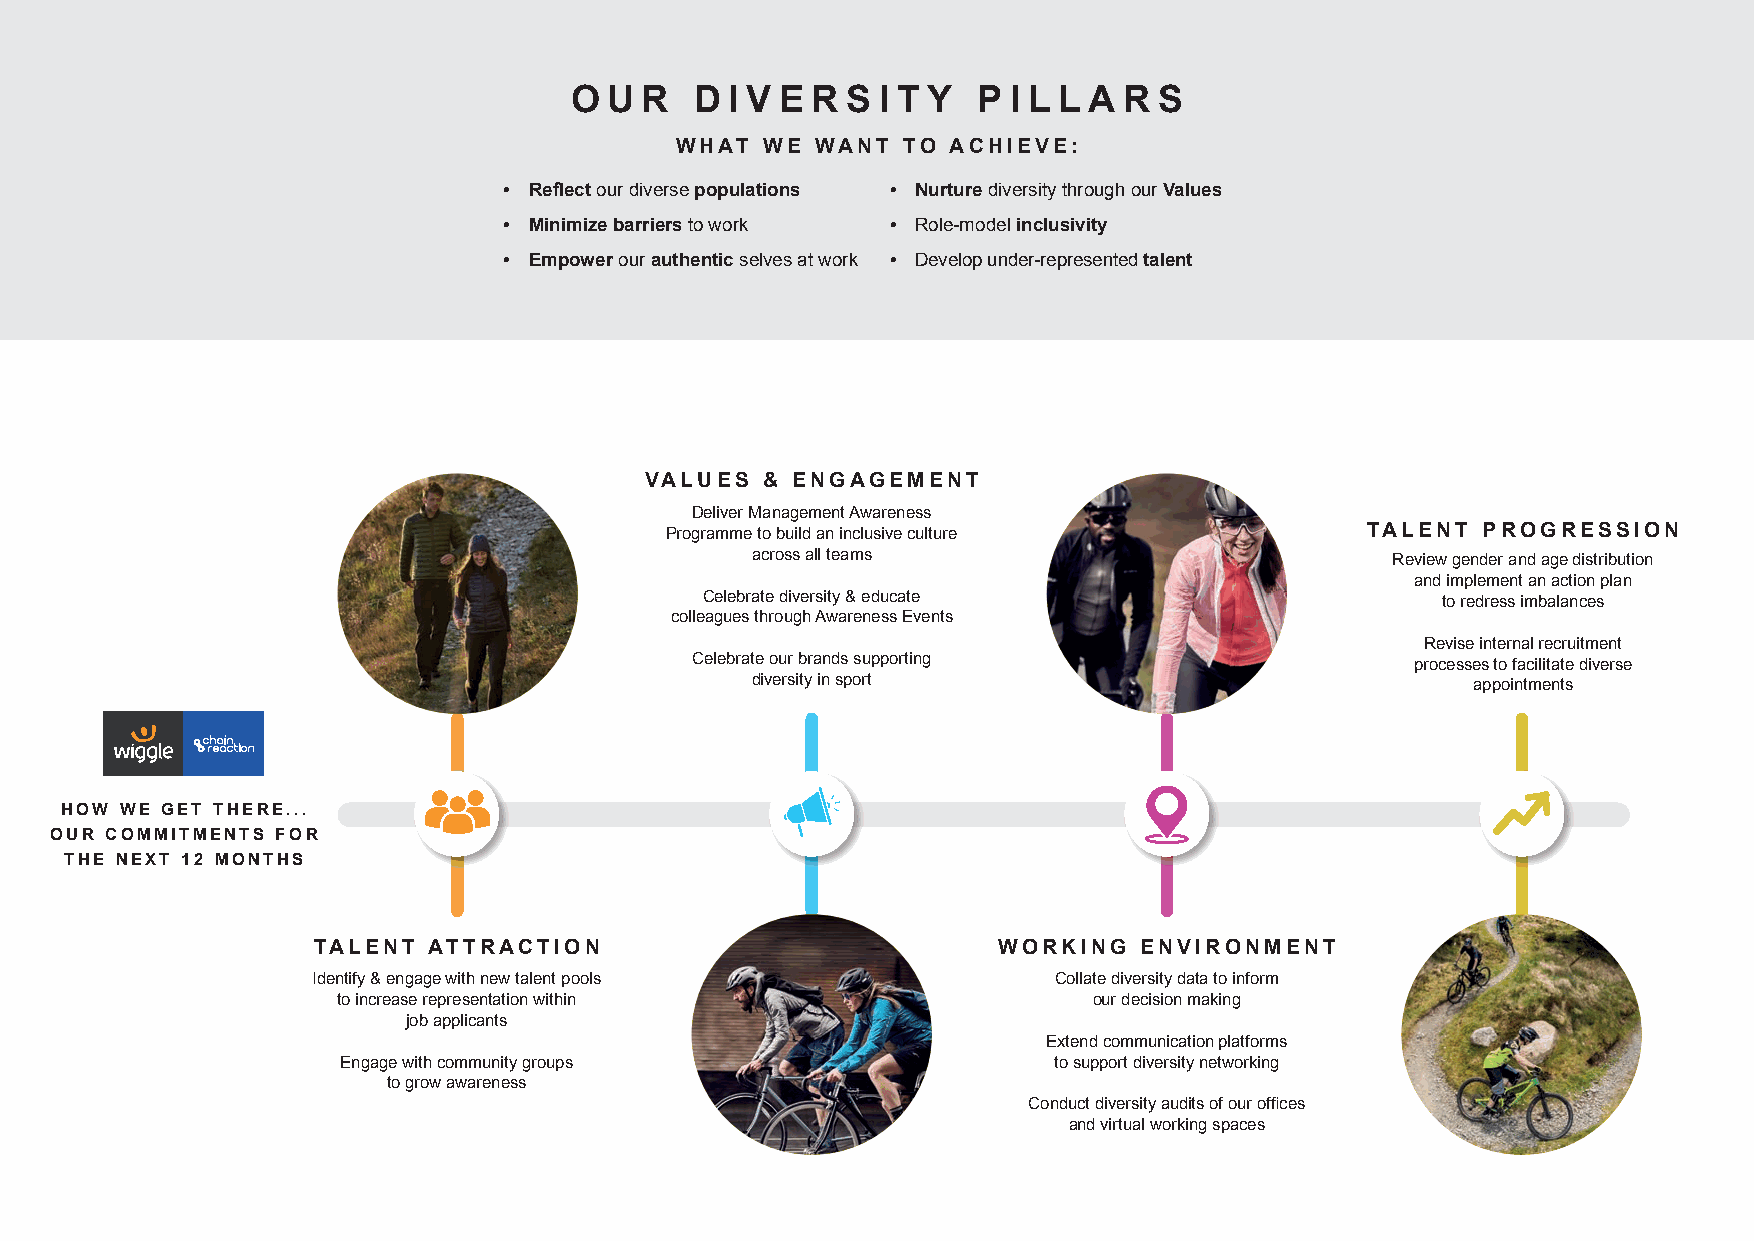
O U  R  D I V E R S I T Y  P I L L A R S
 WHAT  WE WANT  TO ACHIEVE:
 • Reflect our diverse populations • N urture diversity through our Values
 • M inimize barriers to work • R ole-model inclusivity
 • E mpower our authentic selves at work • D evelop under-represented talent
 VALUES & ENGAGEMENT
 Deliver Management Awareness
 Programme to build an inclusive culture       TALENT  PROGRESSION
 across all teams                          Review gender and age distribution
 and implement an action plan
 Celebrate diversity & educate                   to redress imbalances
 colleagues through Awareness Events
 Revise internal recruitment
 Celebrate our brands supporting                 processes to facilitate diverse
 diversity in sport                              appointments
 HOW WE GET THERE...
 OUR COMMITMENTS FOR
 THE NEXT 12 MONTHS
 TALENT ATTRACTION                            WORKING  ENVIRONMENT
 Identify & engage with new talent pools          Collate diversity data to inform
 to increase representation within                 our decision making
 job applicants
 Extend communication platforms
 Engage with community groups                   to support diversity networking
 to grow awareness
 Conduct diversity audits of our offices
 and virtual working spaces